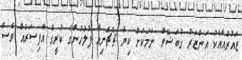
ޒައުރުއާއެކު އަންޒަރު ގުބަޝޭވް ނަމަކަށް ކިޔާ ޗެޗްނިއާ ފުލުހުންގެ ކުރީގެ އޮފިސަރެއް ވެސް